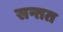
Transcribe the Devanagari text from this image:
सन्तत